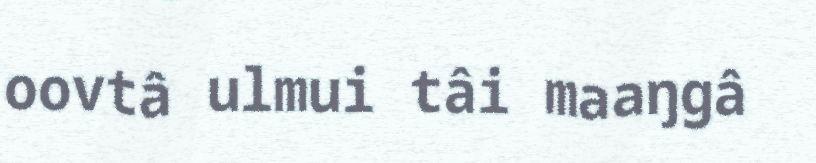
oovtâ ulmui tâi maaŋgâ